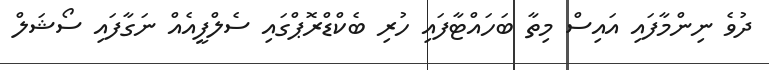
ދުވެ ނިންމާފައި އައިސް މިތާ ބަހައްޓާފައި ހުރި ބެކްޑްރޮޕްގައި ސެލްފީއެއް ނަގާފައި ސޯޝަލް